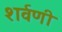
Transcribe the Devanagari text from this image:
शर्वणी